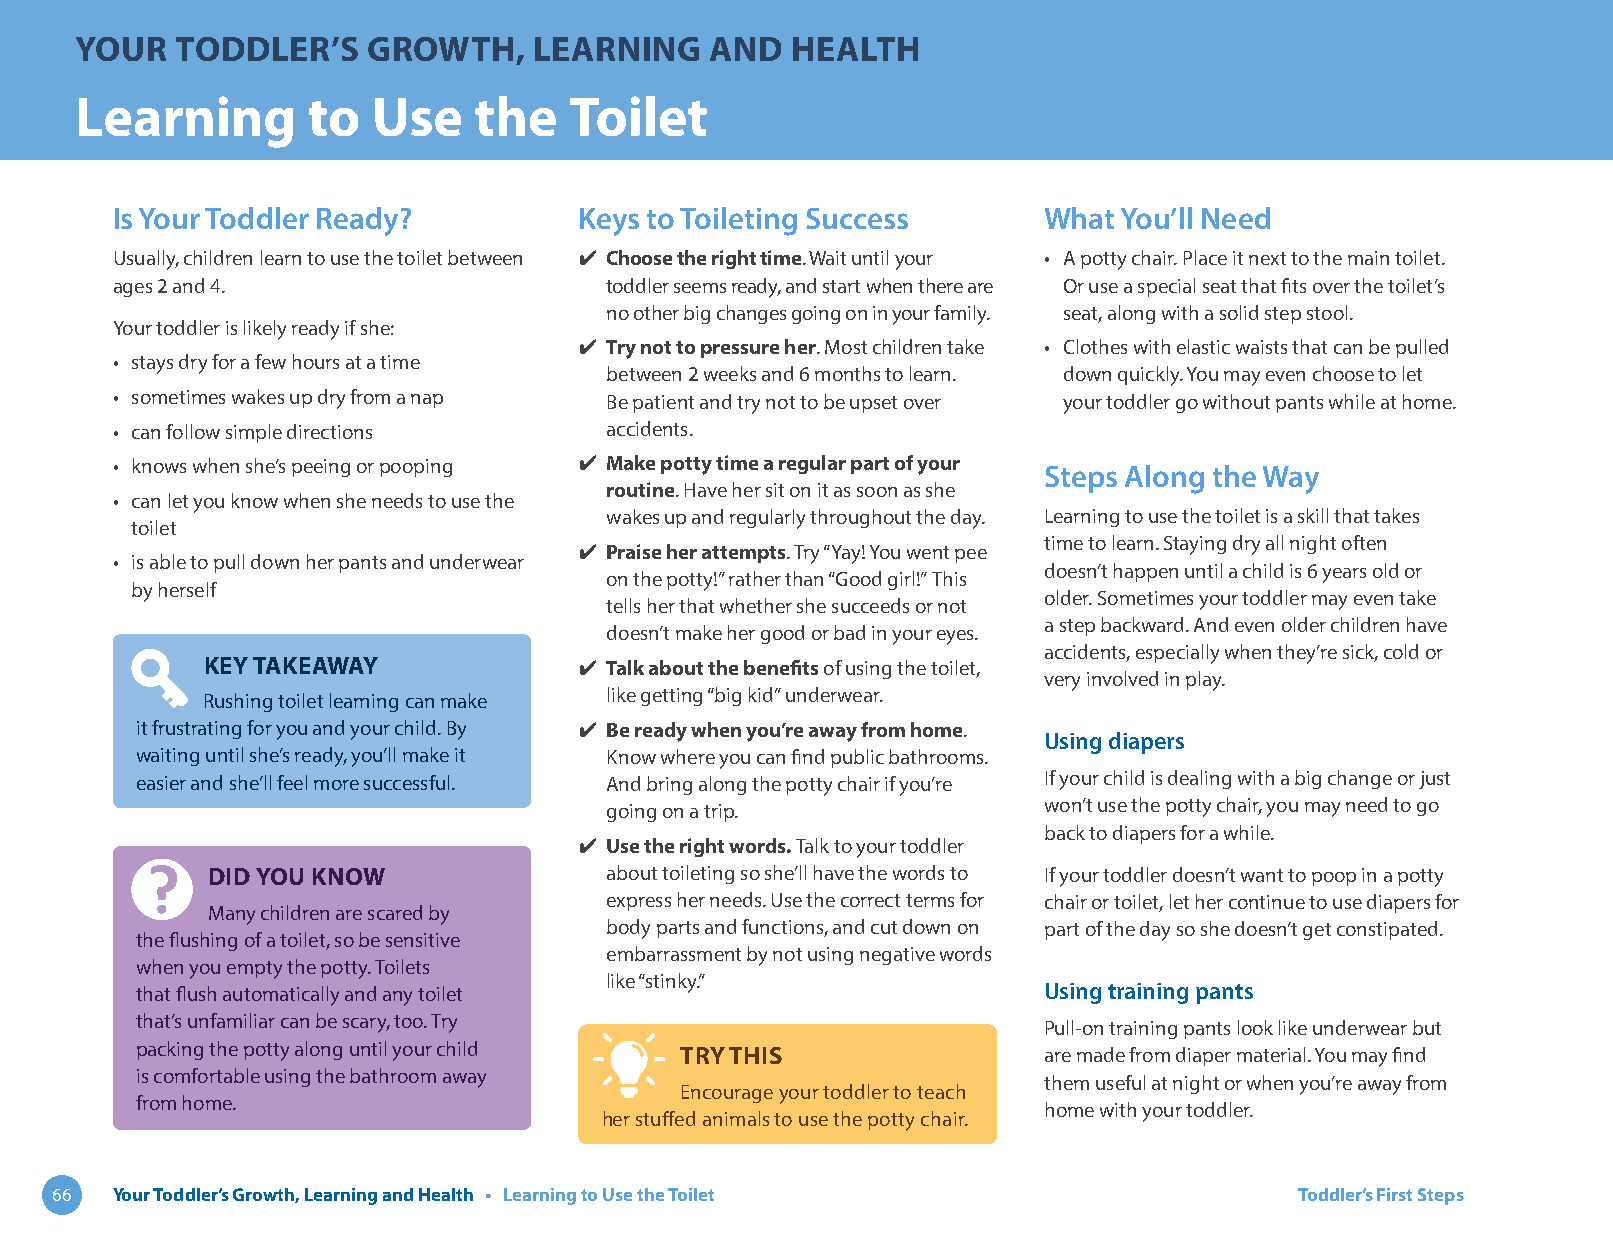
YOUR   TODDLER’S   GROWTH,    LEARNING    AND  HEALTH
 Learning       to   Use   the    Toilet
 Is Your Toddler Ready?         Keys to Toileting Success      What You’ll Need
 Usually, children learn to use the toilet between ✔ Choose the right time. Wait until your • A potty chair. Place it next to the main toilet.
 ages 2 and 4.                    toddler seems ready, and start when there are Or use a special seat that fits over the toilet’s
 no other big changes going on in your family. seat, along with a solid step stool.
 Your toddler is likely ready if she:
 ✔ Try not to pressure her. Most children take • Clothes with elastic waists that can be pulled
 • stays dry for a few hours at a time
 between 2 weeks and 6 months to learn. down quickly. You may even choose to let
 • sometimes wakes up dry from a nap Be patient and try not to be upset over your toddler go without pants while at home.
 • can follow simple directions   accidents.
 • knows when she’s peeing or pooping ✔ Make potty time a regular part of your Steps Along the Way
 routine. Have her sit on it as soon as she
 • can let you know when she needs to use the
 wakes up and regularly throughout the day. Learning to use the toilet is a skill that takes
 toilet
 time to learn. Staying dry all night often
 ✔ Praise her attempts. Try “Yay! You went pee
 • is able to pull down her pants and underwear
 doesn’t happen until a child is 6 years old or
 on the potty!” rather than “Good girl!” This
 by herself
 older. Sometimes your toddler may even take
 tells her that whether she succeeds or not
 a step backward. And even older children have
 doesn’t make her good or bad in your eyes.
 accidents, especially when they’re sick, cold or
 KEY TAKEAWAY             ✔ Talk about the benefits of using the toilet,
 very involved in play.
 like getting “big kid” underwear.
 Rushing toilet learning can make
 it frustrating for you and your child. By ✔ Be ready when you’re away from home.
 Using diapers
 waiting until she’s ready, you’ll make it Know where you can find public bathrooms.
 easier and she’ll feel more successful. And bring along the potty chair if you’re If your child is dealing with a big change or just
 going on a trip.             won’t use the potty chair, you may need to go
 back to diapers for a while.
 ✔ Use the right words. Talk to your toddler
 DID YOU KNOW              about toileting so she’ll have the words to If your toddler doesn’t want to poop in a potty
 express her needs. Use the correct terms for chair or toilet, let her continue to use diapers for
 Many children are scared by
 body parts and functions, and cut down on part of the day so she doesn’t get constipated.
 the flushing of a toilet, so be sensitive
 embarrassment by not using negative words
 when you empty the potty. Toilets
 like “stinky.”
 that flush automatically and any toilet                     Using training pants
 that’s unfamiliar can be scary, too. Try
 Pull-on training pants look like underwear but
 packing the potty along until your child TRY THIS           are made from diaper material. You may find
 is comfortable using the bathroom away
 them useful at night or when you’re away from
 Encourage your toddler to teach
 from home.
 home with your toddler.
 her stuffed animals to use the potty chair.
 66  Your Toddler’s Growth, Learning and Health • Learning to Use the Toilet        Toddler’s First Steps